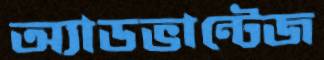
অ্যাডভান্টেজ